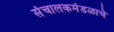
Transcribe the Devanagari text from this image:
संचालकमंडळाचे